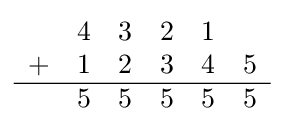
{\begin{array}{ccccccc}&4&3&2&1&\\+&1&2&3&4&5\\\hline &5&5&5&5&5\end{array}}